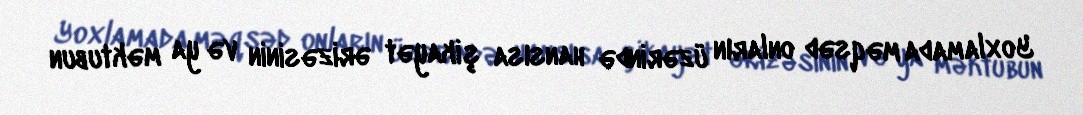
Yoxlamada məqsəd onların üzərində hansısa şikayət ərizəsinin və ya məktubun